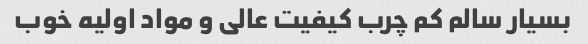
بسیار سالم کم چرب کیفیت عالی و مواد اولیه خوب